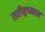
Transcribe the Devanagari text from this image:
सरीसृपकाल